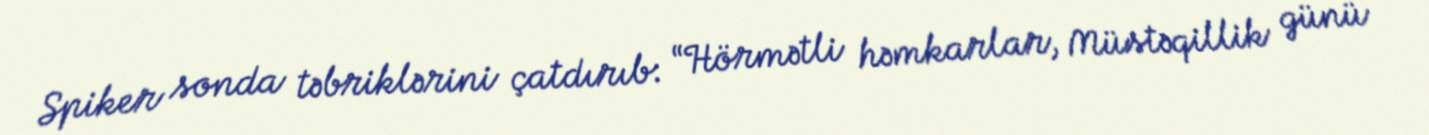
Spiker sonda təbriklərini çatdırıb: “Hörmətli həmkarlar, Müstəqillik günü